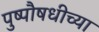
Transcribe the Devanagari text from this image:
पुष्पौषधीच्या